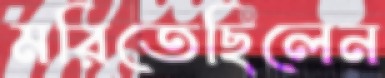
মরিতেছিলেন